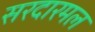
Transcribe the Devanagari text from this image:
सरदारमल